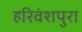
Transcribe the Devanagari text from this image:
हरिवंशपुरा